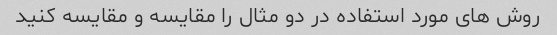
روش های مورد استفاده در دو مثال را مقایسه و مقایسه کنید